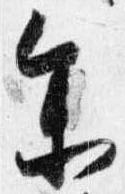
参